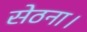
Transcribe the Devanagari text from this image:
सेठना।